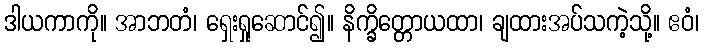
ဒါယကာကို။ အာဘတံ၊ ရှေးရှုဆောင်၍။ နိက္ခိတ္တောယထာ၊ ချထားအပ်သကဲ့သို့။ ဧဝံ၊